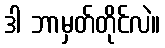
ဒါ ဘာမှတ်တိုင်လဲ။